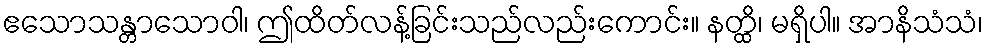
ဧသောသန္တာသောဝါ၊ ဤထိတ်လန့်ခြင်းသည်လည်းကောင်း။ နတ္ထိ၊ မရှိပါ။ အာနိသံသံ၊